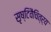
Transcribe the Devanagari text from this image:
सृष्टिवैचित्र्य